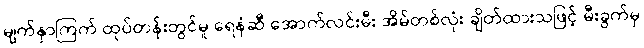
မျက်နှာကြက် ထုပ်တန်းတွင်မူ ရေနံဆီ အောက်လင်းမီး အိမ်တစ်လုံး ချိတ်ထားသဖြင့် မီးခွက်မှ